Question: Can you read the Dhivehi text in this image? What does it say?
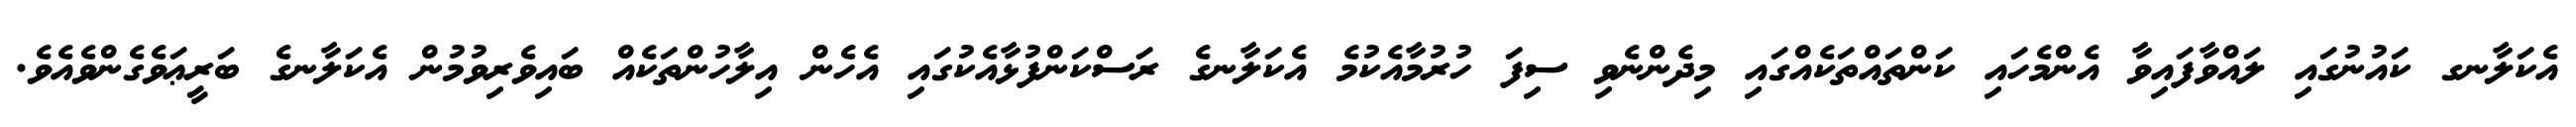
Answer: އެކަލާނގ ކައުނުގައި ލައްވާފައިވާ އެންމެހައި ކަންތައްތަކެއްގައި މިދެންނެވި ސިފަ ހުރުމާއެކުމެ އެކަލާނގެ ރަސްކަންފުޅާއެކުގައި އެހެން އިލާހުންތަކެއް ބައިވެރިވުމުން އެކަލާނގެ ބަރީޢަވެގެންވެއެވެ.